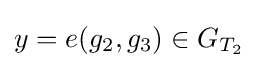
y=e(g_{2},g_{3})\in G_{T_{2}}